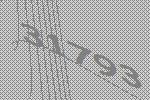
31793